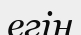
егін